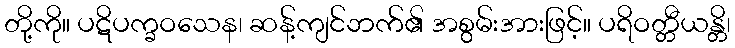
တို့ကို။ ပဋိပက္ခဝသေန၊ ဆန့်ကျင်ဘက်၏ အစွမ်းအားဖြင့်။ ပရိဝတ္တီယန္တိ၊